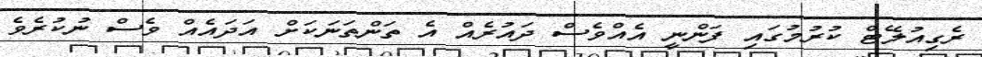
ރެގިއުލޭޓް ކުރުމުގައި ފަންނީ އެއްވެސް ދައުރެއް އެ ތަންތަނަކަށް އަދައެއް ވެސް ނުކުރެވެ